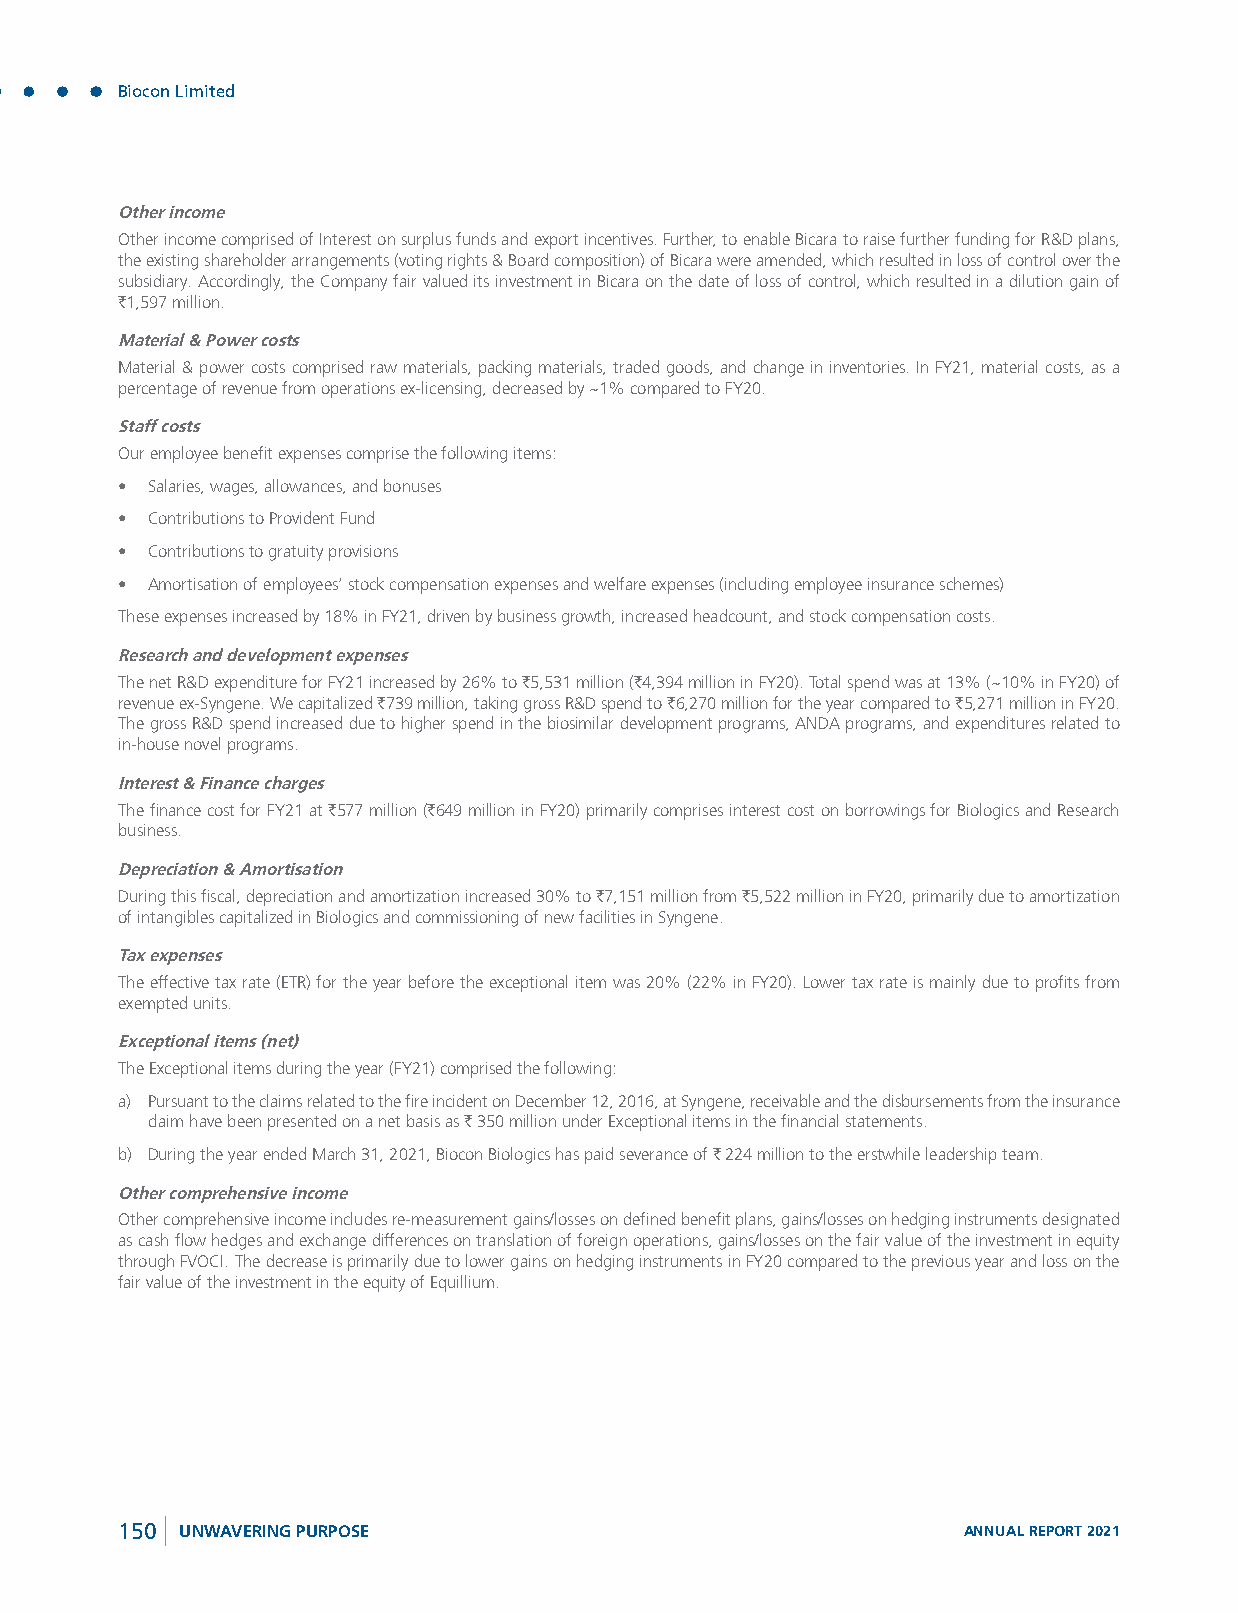
Biocon Limited
 Other income
 Other income comprised of Interest on surplus funds and export incentives. Further, to enable Bicara to raise further funding for R&D plans,
 the existing shareholder arrangements (voting rights & Board composition) of Bicara were amended, which resulted in loss of control over the
 subsidiary. Accordingly, the Company fair valued its investment in Bicara on the date of loss of control, which resulted in a dilution gain of
 `1,597 million.
 Material & Power costs
 Material & power costs comprised raw materials, packing materials, traded goods, and change in inventories. In FY21, material costs, as a
 percentage of revenue from operations ex-licensing, decreased by ~1% compared to FY20.
 Staff costs
 Our employee benefit expenses comprise the following items:
 • Salaries, wages, allowances, and bonuses
 • Contributions to Provident Fund
 • Contributions to gratuity provisions
 • Amortisation of employees’ stock compensation expenses and welfare expenses (including employee insurance schemes)
 These expenses increased by 18% in FY21, driven by business growth, increased headcount, and stock compensation costs.
 Research and development expenses
 The net R&D expenditure for FY21 increased by 26% to `5,531 million (`4,394 million in FY20). Total spend was at 13% (~10% in FY20) of
 revenue ex-Syngene. We capitalized `739 million, taking gross R&D spend to `6,270 million for the year compared to `5,271 million in FY20.
 The gross R&D spend increased due to higher spend in the biosimilar development programs, ANDA programs, and expenditures related to
 in-house novel programs.
 Interest & Finance charges
 The finance cost for FY21 at `577 million (`649 million in FY20) primarily comprises interest cost on borrowings for Biologics and Research
 business.
 Depreciation & Amortisation
 During this fiscal, depreciation and amortization increased 30% to `7,151 million from `5,522 million in FY20, primarily due to amortization
 of intangibles capitalized in Biologics and commissioning of new facilities in Syngene.
 Tax expenses
 The effective tax rate (ETR) for the year before the exceptional item was 20% (22% in FY20). Lower tax rate is mainly due to profits from
 exempted units.
 Exceptional items (net)
 The Exceptional items during the year (FY21) comprised the following:
 a) Pursuant to the claims related to the fire incident on December 12, 2016, at Syngene, receivable and the disbursements from the insurance
 claim have been presented on a net basis as ` 350 million under Exceptional items in the financial statements.
 b) During the year ended March 31, 2021, Biocon Biologics has paid severance of ` 224 million to the erstwhile leadership team.
 Other comprehensive income
 Other comprehensive income includes re-measurement gains/losses on defined benefit plans, gains/losses on hedging instruments designated
 as cash flow hedges and exchange differences on translation of foreign operations, gains/losses on the fair value of the investment in equity
 through FVOCI. The decrease is primarily due to lower gains on hedging instruments in FY20 compared to the previous year and loss on the
 fair value of the investment in the equity of Equillium.
 150 UNWAVERING PURPOSE                                  ANNUAL REPORT 2021